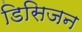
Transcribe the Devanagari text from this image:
डिसिजन